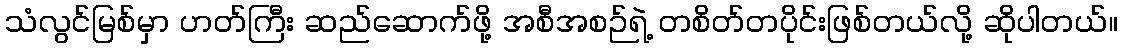
သံလွင်မြစ်မှာ ဟတ်ကြီး ဆည်ဆောက်ဖို့ အစီအစဉ်ရဲ့ တစိတ်တပိုင်းဖြစ်တယ်လို့ ဆိုပါတယ်။